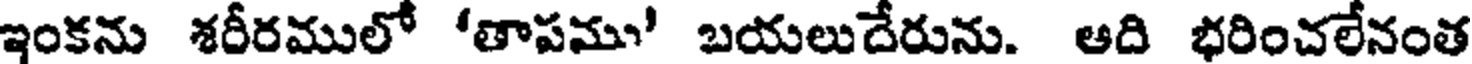
ఇంకను శరీరములో 'తాపము' బయలుదేరును. ఆది భరించలేనంత